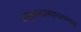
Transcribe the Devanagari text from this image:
अस्धुअस्द्पस्द्चद्स्च्नस्द्फ्